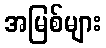
အမြစ်များ